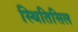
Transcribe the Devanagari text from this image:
स्थितिसिल